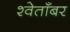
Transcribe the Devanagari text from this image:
श्वेताँबर